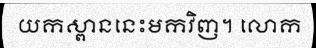
យកស្ពាននេះមកវិញ។ លោក